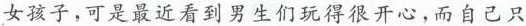
女孩子，可是最近看到男生们玩得很开心，而自己只